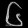
Digit: ၆